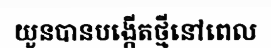
យួនបានបង្កើតថ្មីនៅពេល